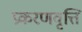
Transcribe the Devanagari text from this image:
प्रकरणवृत्ति